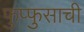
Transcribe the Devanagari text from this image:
फुप्फुसाची